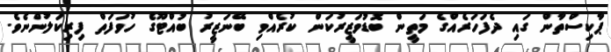
ޕާކިސްތާން ގައި ދެފަހަރެއްގެ މަތީން ބޮޑުވަޒީރުކަން ކުރެއްވި ބޭނަޒީރު ބުއްޓޫގެ ހުވަފަތް ފިރިކަލުންނެވެ.